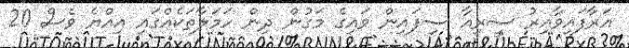
އަރާފައިވާއިރު ސީރިއާ ސިފައިން ވައިގެ މަގުން ދިން ހަމަލާތަކެއްގައި އިއްޔެ ވެސް 20